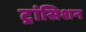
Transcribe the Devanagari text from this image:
ट्रांसिशन